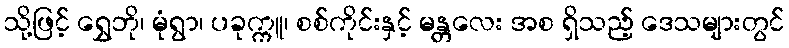
သို့ဖြင့် ရွှေဘို၊ မုံရွာ၊ ပခုက္ကူ၊ စစ်ကိုင်းနှင့် မန္တလေး အစ ရှိသည့် ဒေသများတွင်